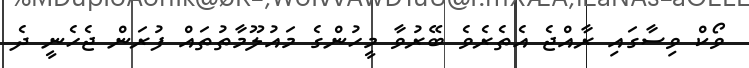
ވޯކް ވިސާގައި ރާއްޖެ އެތެރެވެ ބޭރުވާ މީހުންގެ މައުލޫމާތުތައް ފުރަން ޖެހެނީ ދެ